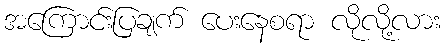
အကြောင်းပြချက် ပေးနေစရာ လိုလို့လား